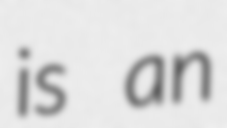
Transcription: is an